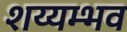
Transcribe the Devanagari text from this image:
शय्यम्भव